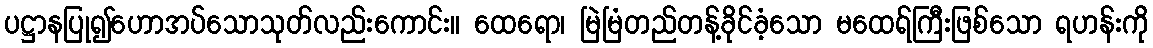
ပဋ္ဌာနပြု၍ဟောအပ်သောသုတ်လည်းကောင်း။ ထေရော၊ မြဲမြံတည်တန့်ခိုင်ခံ့သော မထေရ်ကြီးဖြစ်သော ရဟန်းကို